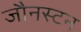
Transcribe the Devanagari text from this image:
जौनस्टन